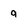
Character: g